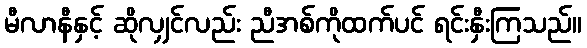
မီလာနီနှင့် ဆိုလျှင်လည်း ညီအစ်ကိုထက်ပင် ရင်းနှီးကြသည်။